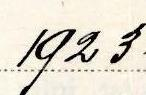
1923